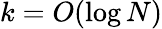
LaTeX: k=O(\log N)